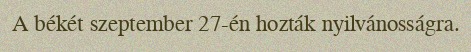
A békét szeptember 27-én hozták nyilvánosságra.